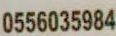
0556035984